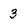
Character: 3